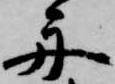
舟